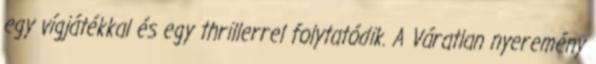
egy vígjátékkal és egy thrillerrel folytatódik. A Váratlan nyeremény